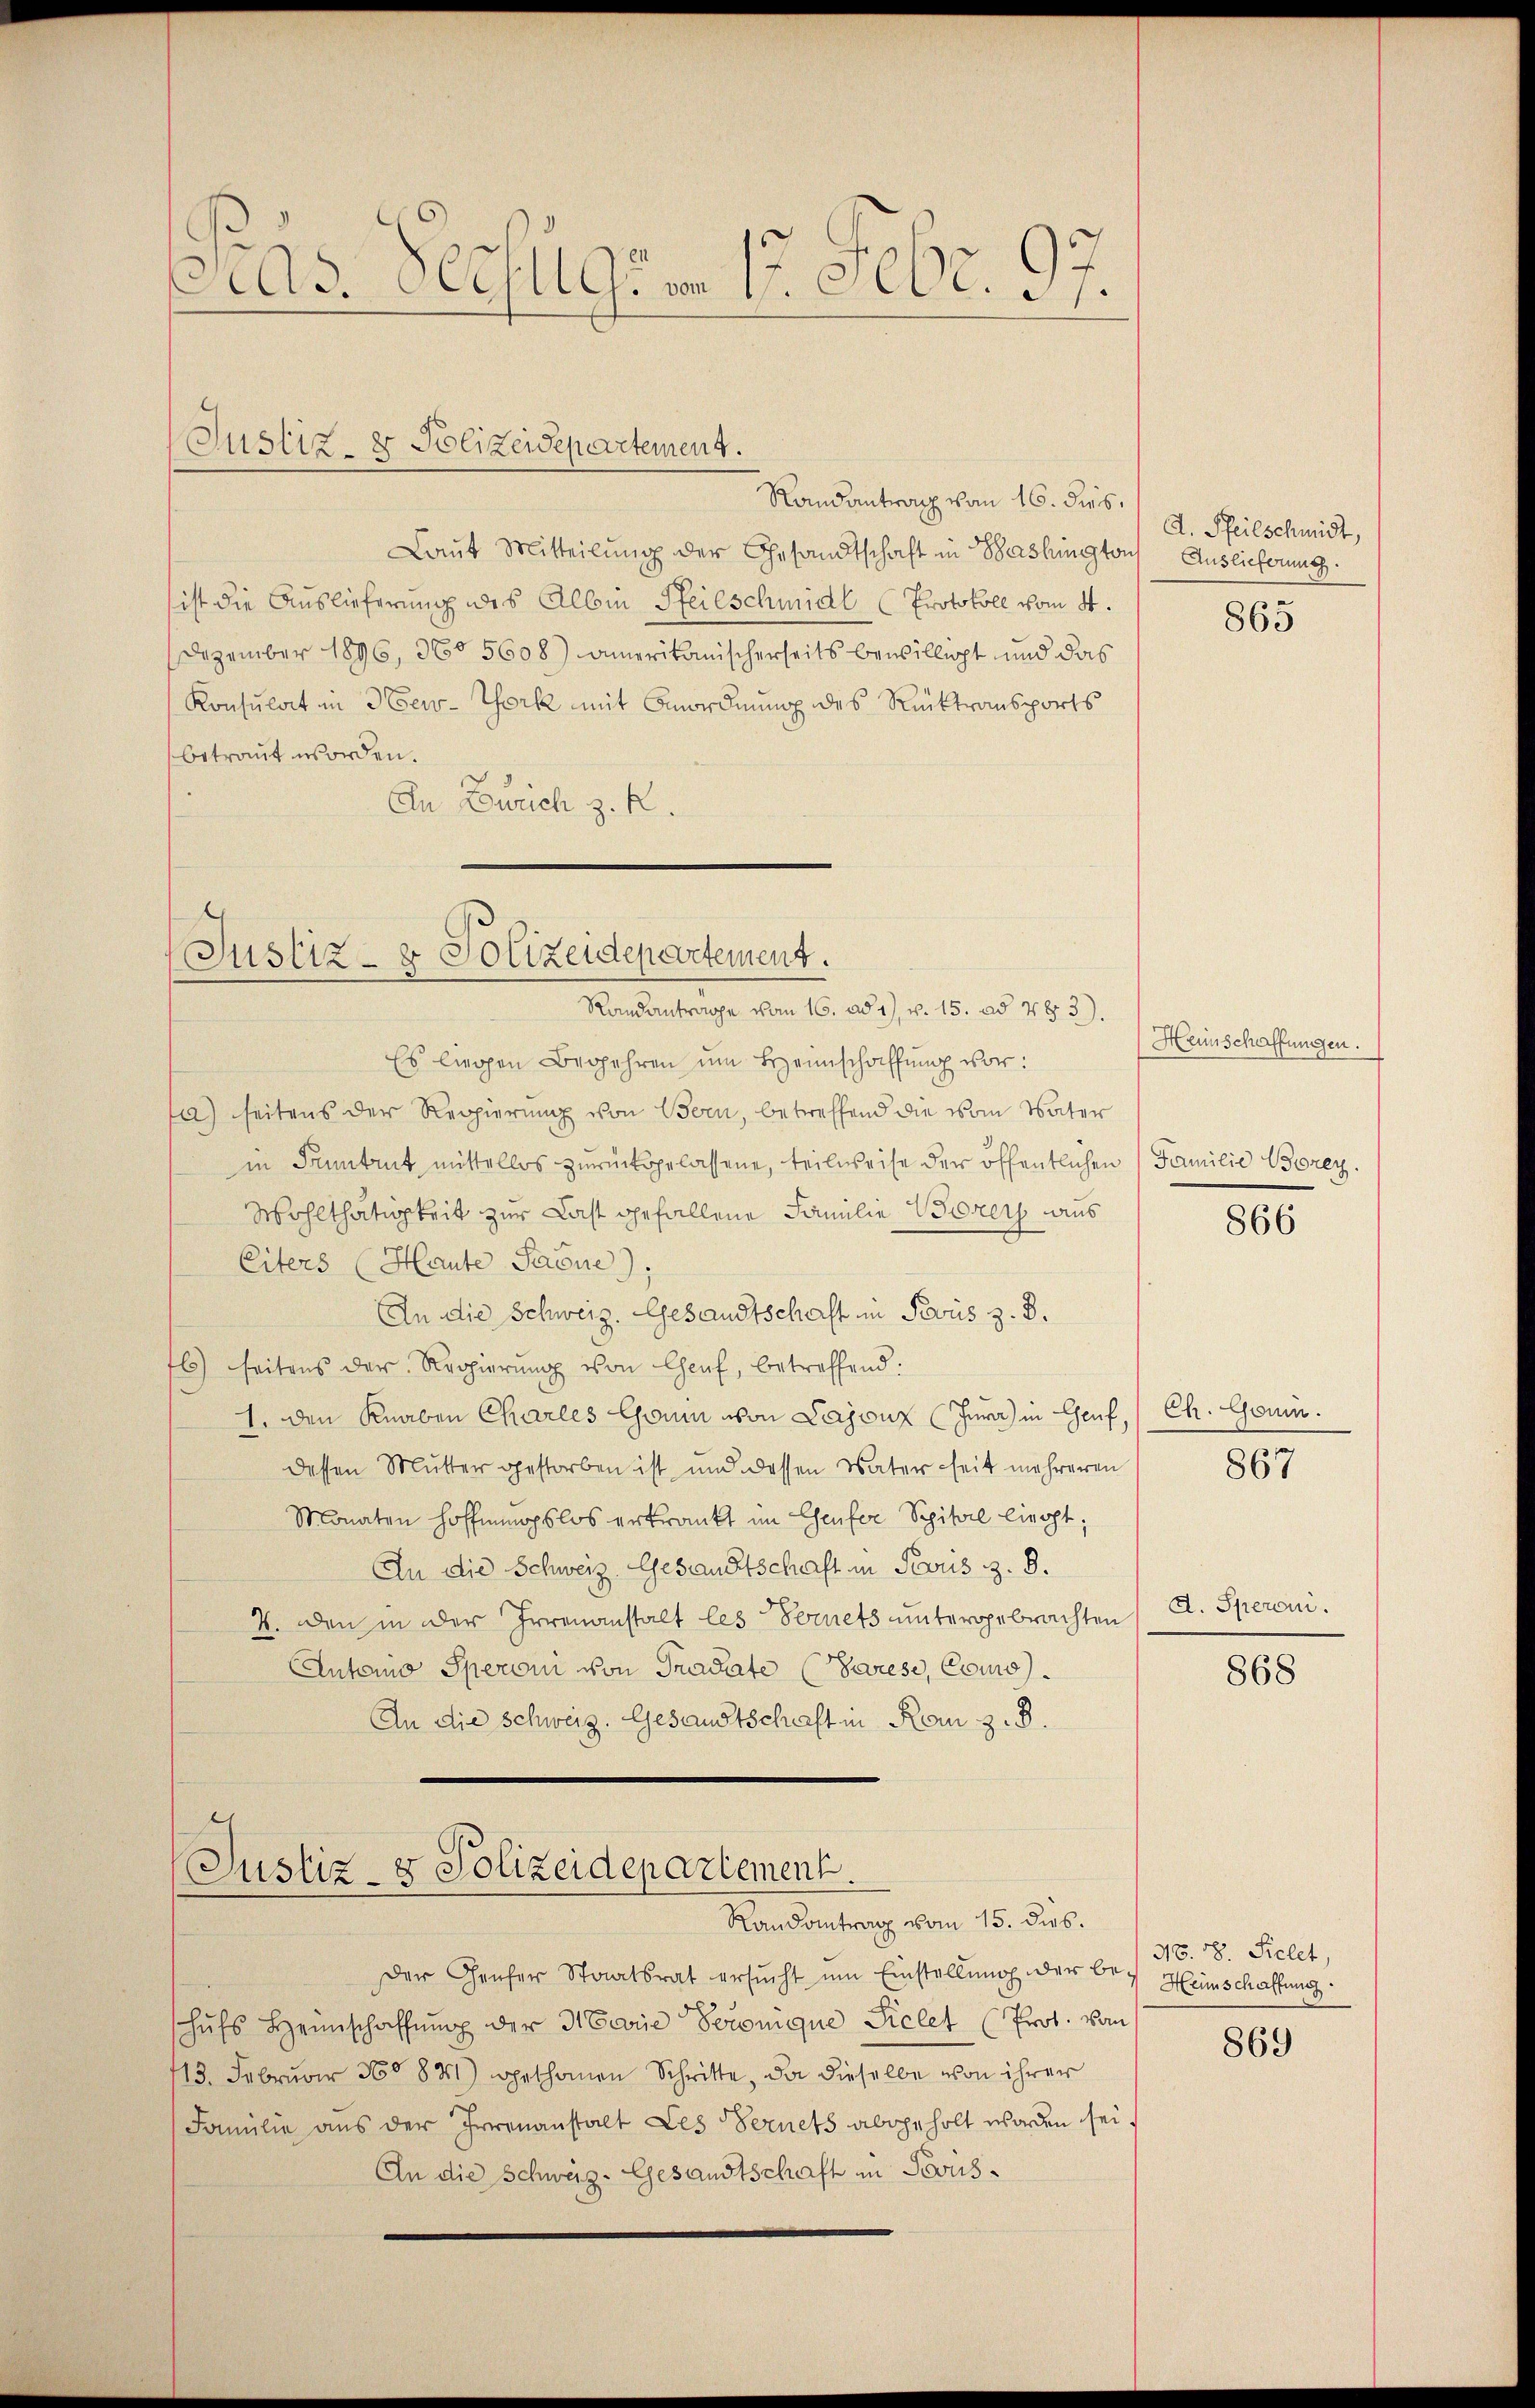
Cas. Schulgen 17. Febr. 97.

Justiz- & Polizeidepartement.

Justiz- & Polizeidepartement.
Randantrage vom 16. ad 1., v. 15. ad 483).

Randantrag vom 16. dies
Laut Mitteilung der Gesandtschaft in Bashington Auslieferung.
ist die Auslieferung des Albin Pfeilschmidl Protokoll vom 4.
Dezember 1896, 360 5608) amerikanischerseits bewilligt und das
Konsulat in New-York mit Anordnung des Rücktransports
betraut worden.
An Zürich z. R.

Justiz- & Polizeidepartement.
Randantrag vom 15. dies.

Es liegen Begehren ŭm Beheimschaffŭng vor:
a) seitens der Regierung von Bern, betreffend die vom Vater
in Funtrut mittellos zurückgelassene, teilweise der öffentlichen Familie Borey.
Wohlthätigkeit zur Last gefallene Familie Borers aus
Eiters (Haute Paone):
An die Schweiz. Gesandtschaft in Perus z. B.
6) seitens der Regierŭng von Chef, betreffend:
1. den Knaben Charles Gonin von Lajonz (Jura) in Genf, / Ch. Goum.
dessen Mutter gestorben ist und dessen Vater seit mehreren
Monaten Hoffmmopslos erkrankt im Cheufer Spital liegt;
An die Schweiz. Gesandtschaft in Paris z. 8.
4. den in der Irrenanstalt les Fernets untergebrachten
Antonio Speroni von Tradate (Varese, Como
An die Schweiz. Gesandtschaft in Kan z. B.

A. Pfeilschmidt,

Der Genfer Staatsrat ersŭcht ŭm Einstellung der be-
shufs Heimschaffung der Marie Personique fielet (Prot. von
113. Februar 180831) gethanen Schritte, da dieselbe von ihrer
Familie aus der Irrenanstalt Les Bernets abgeholt worden sei.
An die Schweiz. Gesandtschaft in Scrus¬

863

Heinschaffungen.

866

867

d. Speroni.

868

N. 18. Sielet,
Heinschaffung.

869